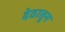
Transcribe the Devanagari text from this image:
देठातून